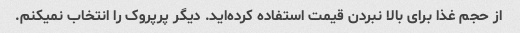
از حجم غذا برای بالا نبردن قیمت استفاده کرده‌اید. دیگر پرپروک را انتخاب نمیکنم.